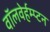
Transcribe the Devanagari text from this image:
वॉलवेर्हम्प्टन